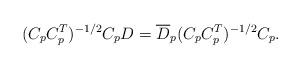
LaTeX: \begin{align*}(C_pC_p^T )^{-1/2}C_pD= \overline D_p(C_pC_p^T )^{-1/2}C_p.\end{align*}